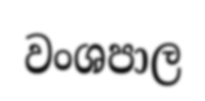
වංශපාල